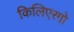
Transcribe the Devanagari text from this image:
किलिएरगो